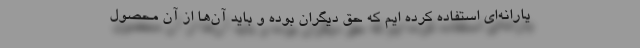
یارانه‌ای استفاده کرده ایم که حق دیگران بوده و باید آن‌ها از آن محصول